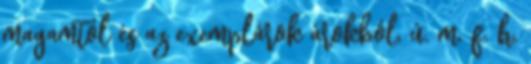
magamtól és az exemplárok árokból, ú. m. f. h.